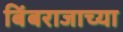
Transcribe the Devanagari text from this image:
बिंबराजाच्या